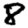
Digit: 8